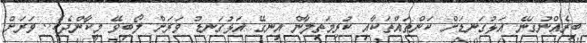
ބިރެއްނުގަނޭ. އަޅުގަނޑަށް ކަންތައްތަކާއި ކުރިމަތިލާން އިނގޭ އަޅުގަނޑު ވަރަށް ލޯބިވޭ މީކާންދެކެ.. ވަރަށް